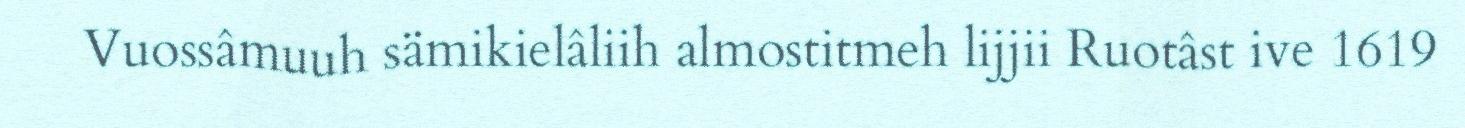
Vuossâmuuh sämikielâliih almostitmeh lijjii Ruotâst ive 1619